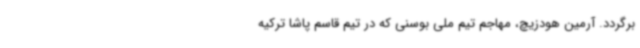
برگردد. آرمین هودزیچ، مهاجم تیم ملی بوسنی که در تیم قاسم پاشا ترکیه